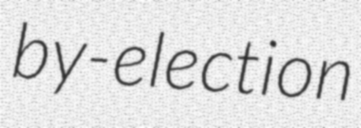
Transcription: by-election